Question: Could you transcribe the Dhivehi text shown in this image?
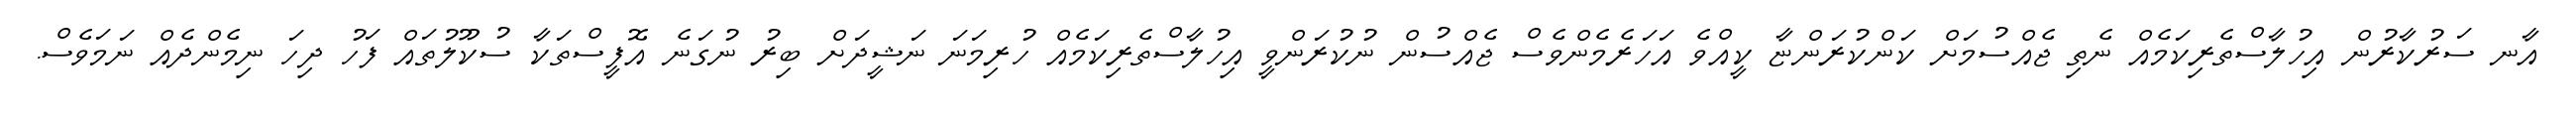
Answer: އާނ ސަރުކާރުން އިހުލާސްތެރިކަމެއް ނެތި ޖެއްސުމަށް ކަންކުރަންޏާ ކީއްވެ އަހަރެމެންވެސް ޖެއްސުން ނުކުރަންވީ އިހުލާސްތެރިކަމެއް ހުރިމަނަ ނަޝީދަށް ބިރު ނުގަނެ އޮފީސްތަކާ ސުކޫލުތައް ފަހު ދިހަ ނިމެންދެއް ނަމަވެސް.